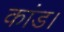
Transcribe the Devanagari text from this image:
कांड।